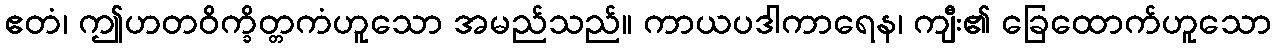
ဧတံ၊ ဤဟတဝိက္ခိတ္တကံဟူသော အမည်သည်။ ကာယပဒါကာရေန၊ ကျီး၏ ခြေထောက်ဟူသော